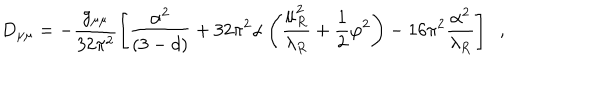
D _ { \mu \mu } = - \frac { g _ { \mu \mu } } { 3 2 \pi ^ { 2 } } \left[ \frac { \alpha ^ { 2 } } { ( 3 - d ) } + 3 2 \pi ^ { 2 } \alpha \left( \frac { \mu _ { R } ^ { 2 } } { \lambda _ { R } } + \frac { 1 } { 2 } \varphi ^ { 2 } \right) - 1 6 \pi ^ { 2 } \frac { \alpha ^ { 2 } } { \lambda _ { R } } \right] \; \; ,